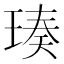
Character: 𬍴